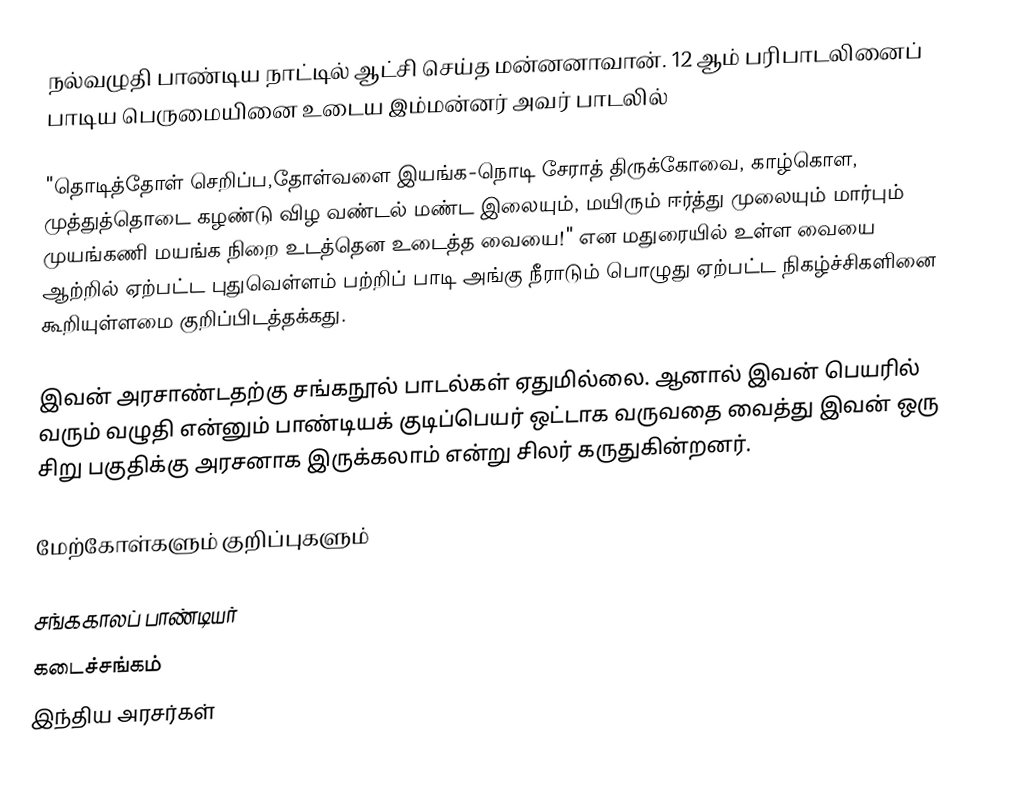
நல்வழுதி பாண்டிய நாட்டில் ஆட்சி செய்த மன்னனாவான். 12 ஆம் பரிபாடலினைப்  பாடிய பெருமையினை உடைய இம்மன்னர் அவர் பாடலில்

"தொடித்தோள் செறிப்ப,தோள்வளை இயங்க-நொடி சேராத் திருக்கோவை, காழ்கொள, முத்துத்தொடை கழண்டு விழ வண்டல் மண்ட இலையும், மயிரும் ஈர்த்து முலையும் மார்பும் முயங்கணி மயங்க நிறை உடத்தென உடைத்த வையை!" என மதுரையில் உள்ள வையை ஆற்றில் ஏற்பட்ட புதுவெள்ளம் பற்றிப் பாடி அங்கு நீராடும் பொழுது ஏற்பட்ட நிகழ்ச்சிகளினை கூறியுள்ளமை குறிப்பிடத்தக்கது.

இவன் அரசாண்டதற்கு சங்கநூல் பாடல்கள் ஏதுமில்லை. ஆனால் இவன் பெயரில் வரும் வழுதி என்னும் பாண்டியக் குடிப்பெயர் ஒட்டாக வருவதை வைத்து இவன் ஒரு சிறு பகுதிக்கு அரசனாக இருக்கலாம் என்று சிலர் கருதுகின்றனர்.

மேற்கோள்களும் குறிப்புகளும்

சங்ககாலப் பாண்டியர்
கடைச்சங்கம்
இந்திய அரசர்கள்